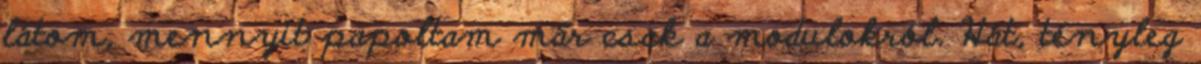
látom, mennyit papoltam már csak a modulokról. Hát, tényleg